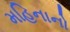
મહિનાનો